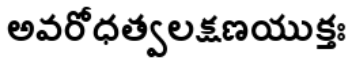
అవరోధత్వలక్షణయుక్తః